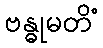
ဗန္ဓုမတိံ